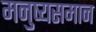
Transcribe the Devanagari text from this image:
मनुष्यसमान